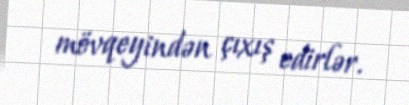
mövqeyindən çıxış edirlər.